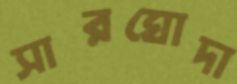
সারঘোদা